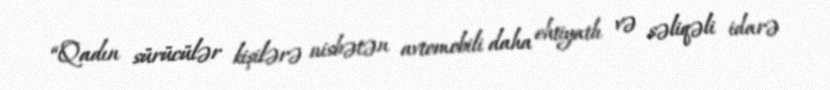
“Qadın sürücülər kişilərə nisbətən avtomobili daha ehtiyatlı və səliqəli idarə